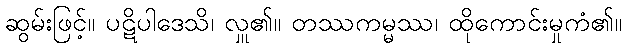
ဆွမ်းဖြင့်။ ပဋိပါဒေသိ၊ လှူ၏။ တဿကမ္မဿ၊ ထိုကောင်းမှုကံ၏။